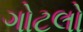
ગોટલો